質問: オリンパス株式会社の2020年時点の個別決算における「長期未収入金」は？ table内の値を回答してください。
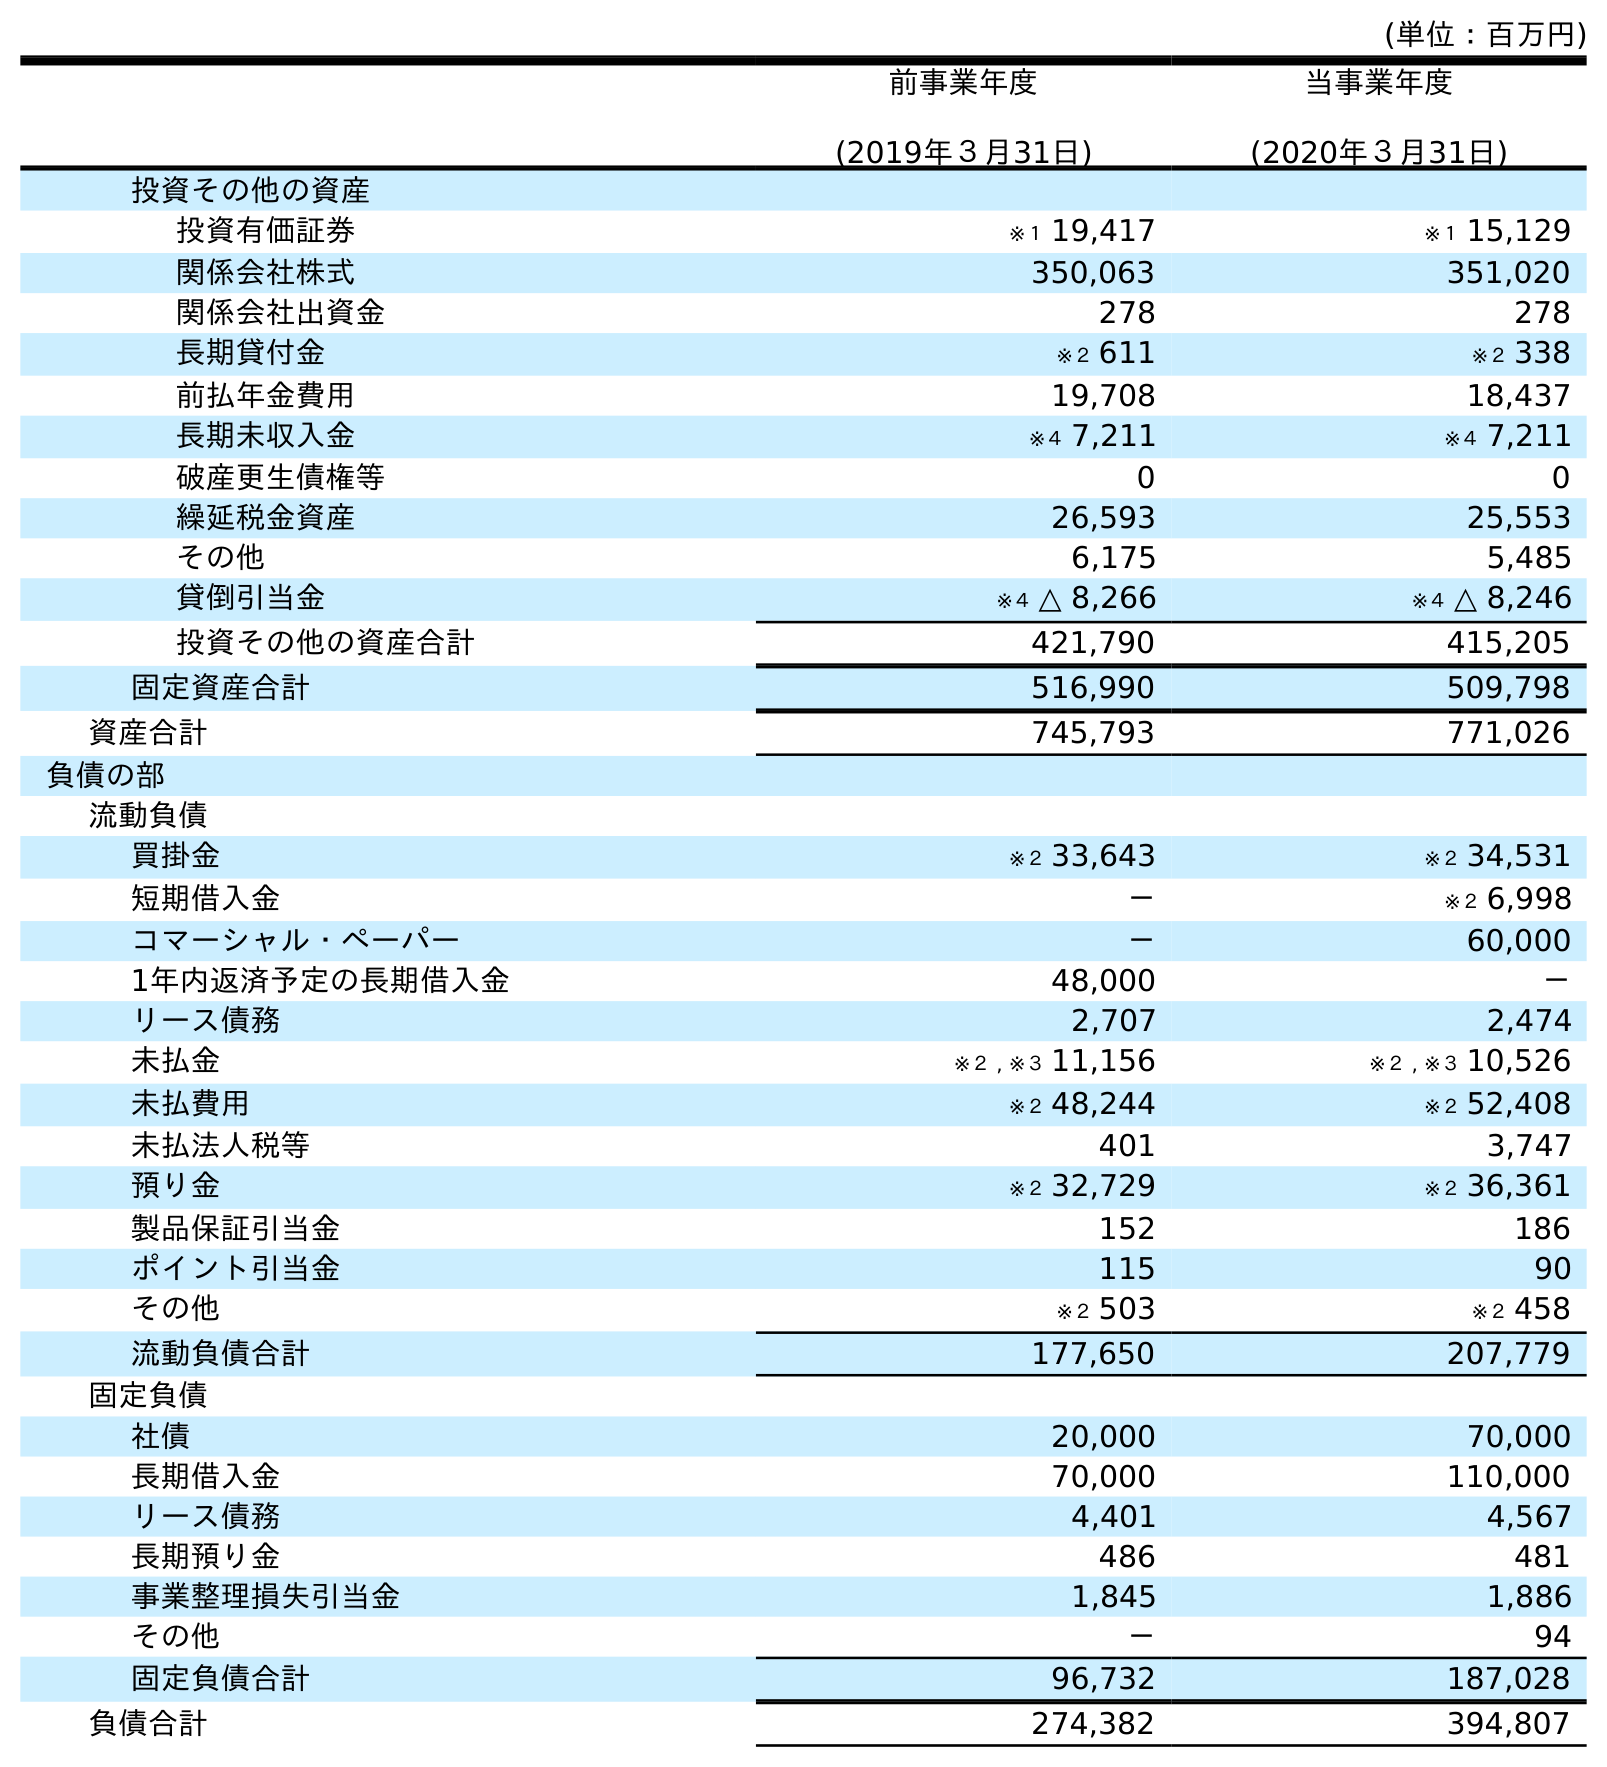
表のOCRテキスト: (単位：百万円) 前事業年度 (2019年３月31日) 当事業年度 (2020年３月31日) 投資その他の資産 投資有価証券 ※１ 19,417 ※１ 15,129 関係会社株式 350,063 351,020 関係会社出資金 278 278 長期貸付金 ※２ 611 ※２ 338 前払年金費用 19,708 18,437 長期未収入金 ※４ 7,211 ※４ 7,211 破産更生債権等 0 0 繰延税金資産 26,593 25,553 その他 6,175 5,485 貸倒引当金 ※４ △ 8,266 ※４ △ 8,246 投資その他の資産合計 421,790 415,205 固定資産合計 516,990 509,798 資産合計 745,793 771,026 負債の部 流動負債 買掛金 ※２ 33,643 ※２ 34,531 短期借入金 － ※２ 6,998 コマーシャル・ペーパー － 60,000 1年内返済予定の長期借入金 48,000 － リース債務 2,707 2,474 未払金 ※２ , ※３ 11,156 ※２ , ※３ 10,526 未払費用 ※２ 48,244 ※２ 52,408 未払法人税等 401 3,747 預り金 ※２ 32,729 ※２ 36,361 製品保証引当金 152 186 ポイント引当金 115 90 その他 ※２ 503 ※２ 458 流動負債合計 177,650 207,779 固定負債 社債 20,000 70,000 長期借入金 70,000 110,000 リース債務 4,401 4,567 長期預り金 486 481 事業整理損失引当金 1,845 1,886 その他 － 94 固定負債合計 96,732 187,028 負債合計 274,382 394,807
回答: ※４7,211